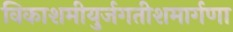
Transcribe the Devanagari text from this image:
विकाशमीयुर्जगतीशमार्गणा